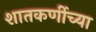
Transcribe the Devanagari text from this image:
शातकर्णीच्या